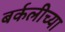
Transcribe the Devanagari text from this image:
बर्कलीच्या